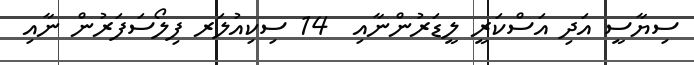
ސިޔާސީ އަދި އަސްކަރީ ލީޑަރުންނާއި  14 ސިކިއުލަރ ފިލޯސަފަރުން ނާއި